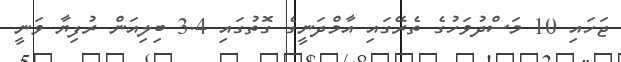
ޖަހައި 10 މަސްދުވަހުގެ ތެރޭގައި އާމްދަނީގެ ގޮތުގައި 3.4 ބިލިއަން ރުފިޔާ ވަނީ